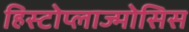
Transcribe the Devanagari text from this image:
हिस्टोप्लाज्मोसिस